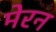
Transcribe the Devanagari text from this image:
मेरन